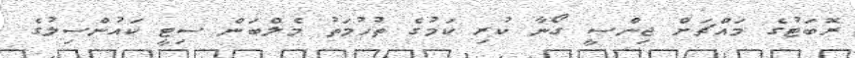
ރޮބަޓުގެ މައްޗަށް ޖިންސީ ގޯނާ ކުރި ކަމުގެ ތުހުމަތު މެލްބަން ސިޓީ ކައުންސިލުގެ